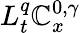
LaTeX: L_{t}^{q}\mathbb{C}_{x}^{0,\gamma}